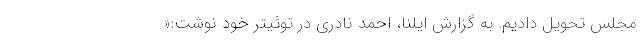
مجلس تحویل دادیم. به گزارش ایلنا، احمد نادری در توئیتر خود نوشت:«